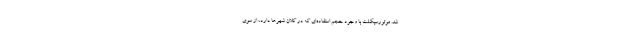
شد. موتورسیکلت با وجود حجم استفاده‌ای که در کلان شهرها دارد، از سوی